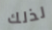
لذلك